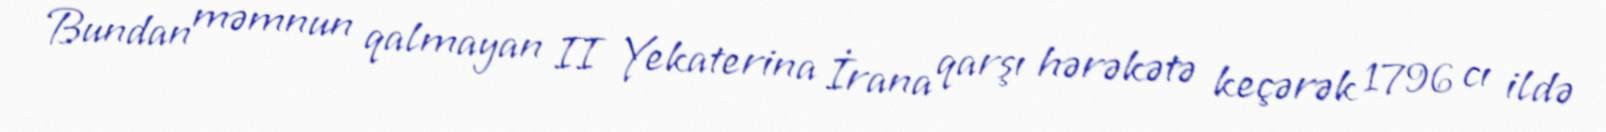
Bundan məmnun qalmayan II Yekaterina İrana qarşı hərəkətə keçərək 1796 cı ildə